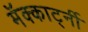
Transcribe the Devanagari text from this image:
मॅक्कार्ट्नी